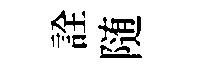
詮随